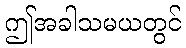
ဤအခါသမယတွင်